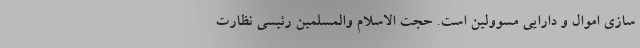
سازی اموال و دارایی مسوولین است. حجت الاسلام والمسلمین رئیسی نظارت